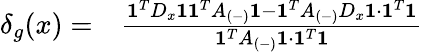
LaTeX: \begin{array}{rl}{\delta_{g}(x)=}&{{}\frac{\mathbf{1}^{T}D_{x}\mathbf{1}\mathbf{1}^{T}A_{(-)}\mathbf{1}-\mathbf{1}^{T}A_{(-)}D_{x}\mathbf{1}\cdot\mathbf{1}^{T}\mathbf{1}}{\mathbf{1}^{T}A_{(-)}\mathbf{1}\cdot\mathbf{1}^{T}\mathbf{1}}}\end{array}